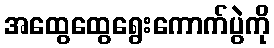
အထွေထွေရွေးကောက်ပွဲကို